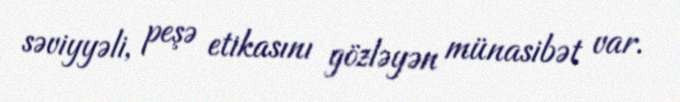
səviyyəli, peşə etikasını gözləyən münasibət var.